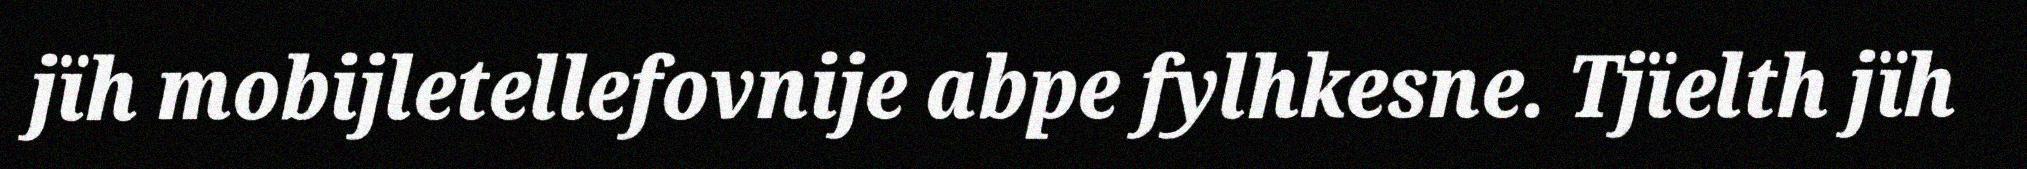
jïh mobijletellefovnije abpe fylhkesne. Tjïelth jïh